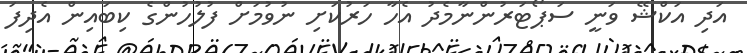
އަދި އަކްޝޭ ވަނީ ސަޕޯޓަރުންނާމެދު އެހާ ހަރުކަށި ނުވުމަށް ފުލުހުންގެ ކިބައިން އެދިފަ